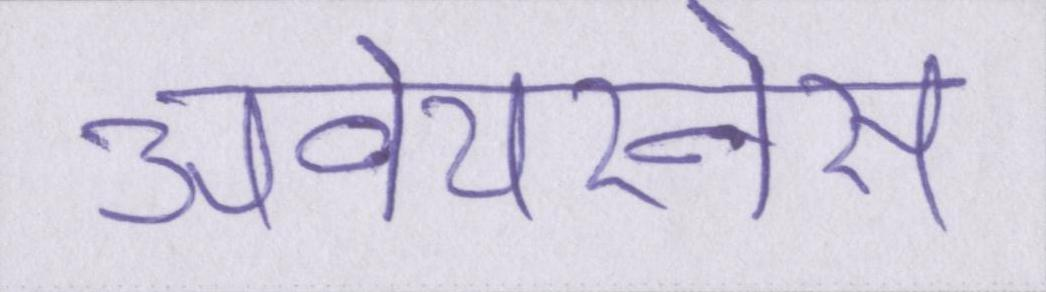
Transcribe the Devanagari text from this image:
अवेयरनेस